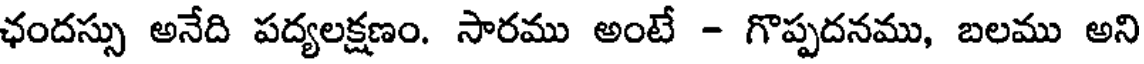
ఛందస్సు అనేది పద్యలక్షణం. సారము అంటే - గొప్పదనము, బలము అని